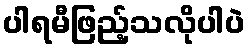
ပါရမီဖြည့်သလိုပါပဲ